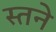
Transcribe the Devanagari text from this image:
स्तने